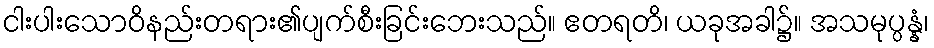
ငါးပါးသောဝိနည်းတရား၏ပျက်စီးခြင်းဘေးသည်။ ဧတရတိ၊ ယခုအခါ၌။ အသမုပ္ပန္နံ၊